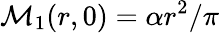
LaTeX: \mathcal{M}_{1}(r,0)=\alpha r^{2}/\pi